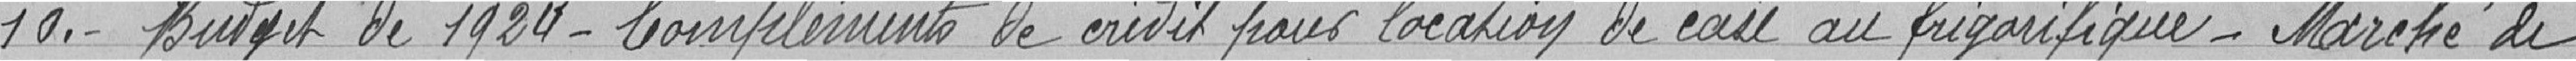
10.- Budget de 1924 - Complément de crédit pour location de case au frigorifique - Marché de